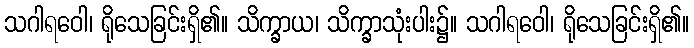
သဂါရဝေါ၊ ရိုသေခြင်းရှိ၏။ သိက္ခာယ၊ သိက္ခာသုံးပါး၌။ သဂါရဝေါ၊ ရိုသေခြင်းရှိ၏။